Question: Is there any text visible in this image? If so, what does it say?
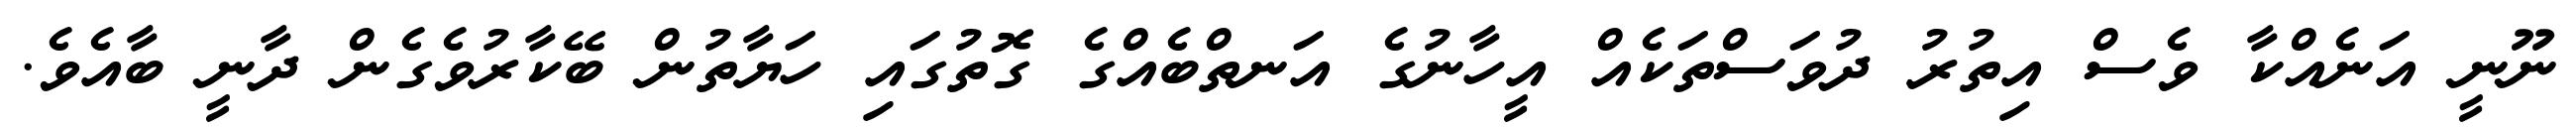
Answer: ނޫނީ އަނެއްކާ ވެސް އިތުރު ދުވަސްތަކެއް އީހާނުގެ އަނތްބެއްގެ ގޮތުގައި ހަޔާތުން ބޭކާރުވެގެން ދާނީ ބާއެވެ.